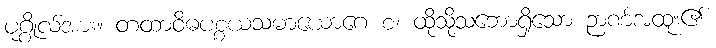
ပုဂ္ဂိုလ်အား။ တထာဝိဓပစ္စယသမာယောဂေ စ၊ ထိုသို့သဘောရှိသော ဉာဏ်အထူး၏